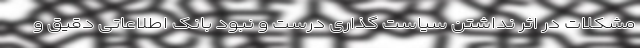
مشکلات در اثر نداشتن سیاست گذاری درست و نبود بانک اطلاعاتی دقیق و